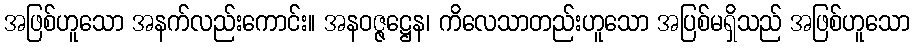
အဖြစ်ဟူသော အနက်လည်းကောင်း။ အနဝဇ္ဇဋ္ဌေန၊ ကိလေသာတည်းဟူသော အပြစ်မရှိသည် အဖြစ်ဟူသော